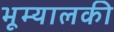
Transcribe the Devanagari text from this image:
भूम्यालकी